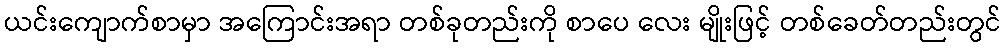
ယင်းကျောက်စာမှာ အကြောင်းအရာ တစ်ခုတည်းကို စာပေ လေး မျိုးဖြင့် တစ်ခေတ်တည်းတွင်